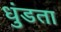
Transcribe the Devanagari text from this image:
धुंडता